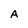
Character: A